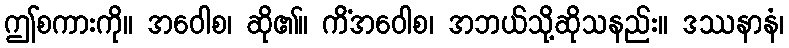
ဤစကားကို။ အဝေါစ၊ ဆို၏။ ကိံအဝေါစ၊ အဘယ်သို့ဆိုသနည်း။ ဒဿနာနံ၊